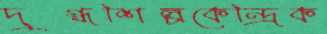
দুগ্ধশিল্পকেন্দ্রিক